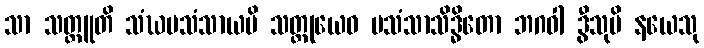
သာ သတ္ထူတိ သံဃပသံသာယပိ သတ္ထုယေဝ ပသံသာသိဒ္ဓိတော ဘဂဝါ ဒွီသုပိ နယေသု